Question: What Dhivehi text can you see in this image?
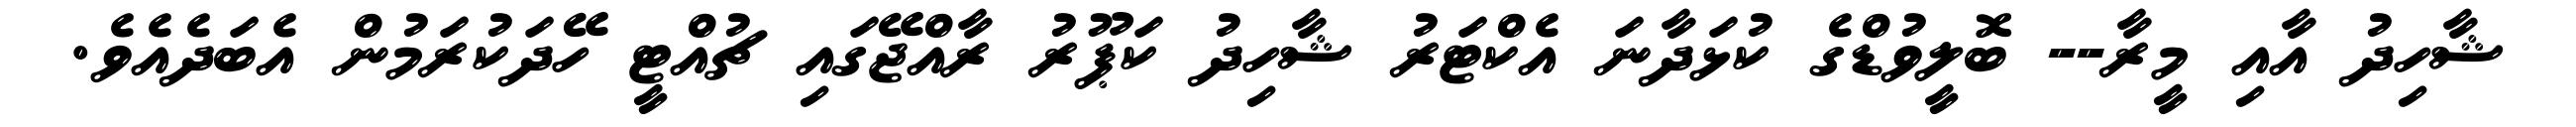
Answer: ޝާހިދު އާއި މީރާ-- ބޮލީވުޑްގެ ކުޅަދާނަ އެކްޓަރު ޝާހިދު ކަޕޫރު ރާއްޖޭގައި ޗުއްޓީ ހޭދަކުރަމުން އެބަދެއެވެ.